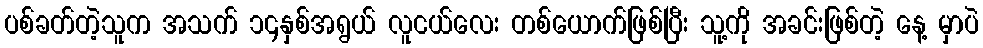
ပစ်ခတ်တဲ့သူက အသက် ၁၄နှစ်အရွယ် လူငယ်လေး တစ်ယောက်ဖြစ်ပြီး သူ့ကို အခင်းဖြစ်တဲ့ နေ့ မှာပဲ